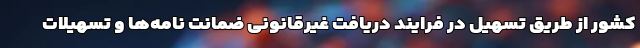
کشور از طریق تسهیل در فرایند دریافت غیرقانونی ضمانت نامه‌ها و تسهیلات